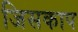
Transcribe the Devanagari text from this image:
जिसकाप